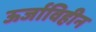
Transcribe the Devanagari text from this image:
ऊर्जाविहीन